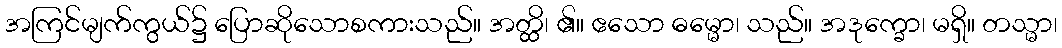
အကြင်မျက်ကွယ်၌ ပြောဆိုသောစကားသည်။ အတ္ထိ၊ ၏။ ဧသော ဓမ္မော၊ သည်။ အဒုက္ခော၊ မရှိ။ တသ္မာ၊